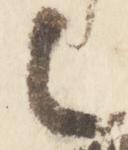
之